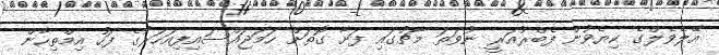
އޭލެވެލްގެ ކިޔެވުން ފެބްރުއަރީ ނުވަތަ މާޗުގައި ފަށާ ގޮތަށް ހަމަޖައްސައިފިއަހަރުގެ ފަހު އިމްތިހާން